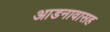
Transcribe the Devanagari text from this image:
आडनावासह